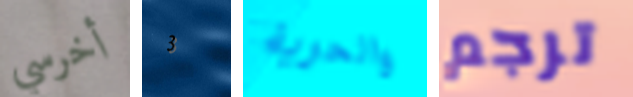
أخرسي 3 والحرية ترجم